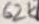
Text: 62K